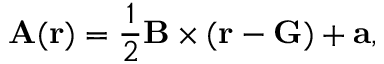
\mathbf { A } ( \mathbf { r } ) = \frac { 1 } { 2 } \mathbf { B } \times ( \mathbf { r } - \mathbf { G } ) + \mathbf { a } ,